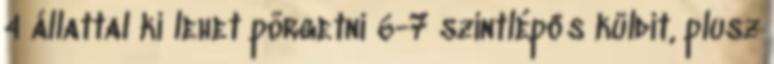
4 állattal ki lehet pörgetni 6-7 szintlépős küldit, plusz